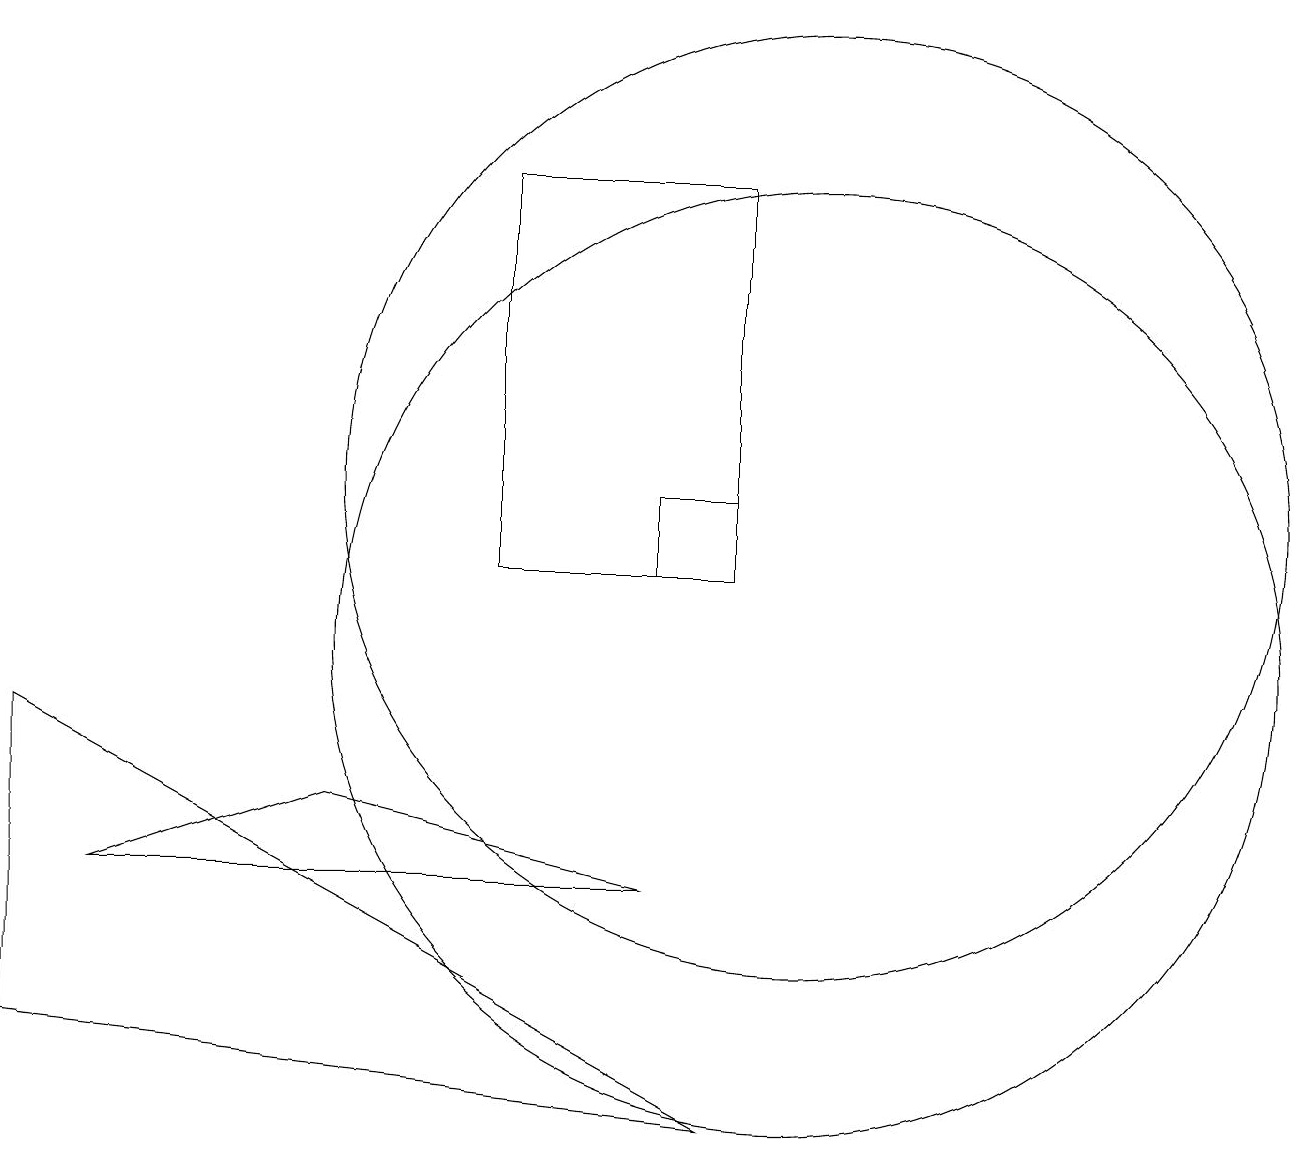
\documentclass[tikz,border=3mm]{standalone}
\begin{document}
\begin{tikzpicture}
\draw (9,4) -- (0,9) -- (0,5) -- cycle;
\draw (10,12) circle (6);
\draw (10,10) circle (6);
\draw (6,11) rectangle (9,16);
\draw (1,7) -- (8,7) -- (4,8) -- cycle;
\draw (8,11) rectangle (9,12);
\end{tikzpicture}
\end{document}